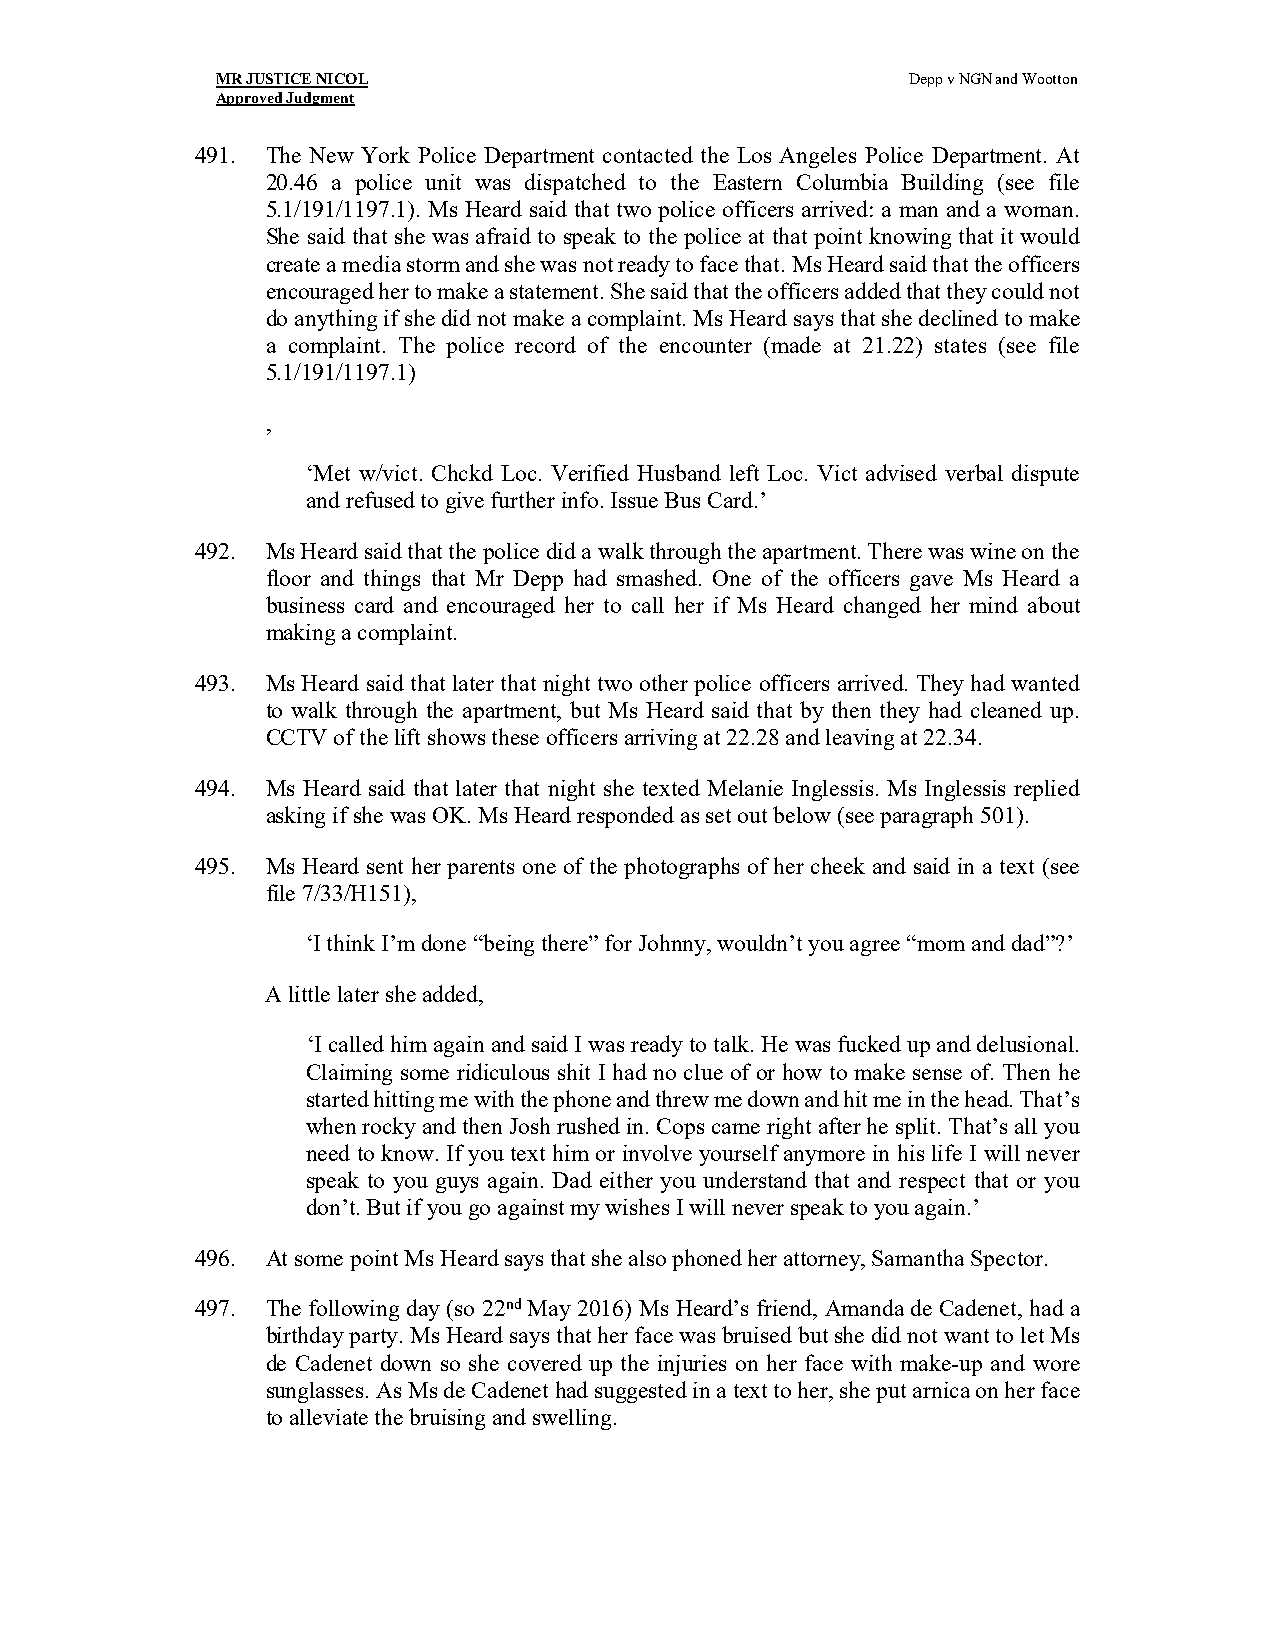
MR JUSTICE NICOL                              Depp v NGN and Wootton
 Approved Judgment
 491. The New York Police Department contacted the Los Angeles Police Department. At
 20.46 a police unit was dispatched to the Eastern Columbia Building (see file
 5.1/191/1197.1). Ms Heard said that two police officers arrived: a man and a woman.
 She said that she was afraid to speak to the police at that point knowing that it would
 create a media storm and she was not ready to face that. Ms Heard said that the officers
 encouraged her to make a statement. She said that the officers added that they could not
 do anything if she did not make a complaint. Ms Heard says that she declined to make
 a complaint. The police record of the encounter (made at 21.22) states (see file
 5.1/191/1197.1)
 ,
 ‘Met w/vict. Chckd Loc. Verified Husband left Loc. Vict advised verbal dispute
 and refused to give further info. Issue Bus Card.’
 492. Ms Heard said that the police did a walk through the apartment. There was wine on the
 floor and things that Mr Depp had smashed. One of the officers gave Ms Heard a
 business card and encouraged her to call her if Ms Heard changed her mind about
 making a complaint.
 493. Ms Heard said that later that night two other police officers arrived. They had wanted
 to walk through the apartment, but Ms Heard said that by then they had cleaned up.
 CCTV of the lift shows these officers arriving at 22.28 and leaving at 22.34.
 494. Ms Heard said that later that night she texted Melanie Inglessis. Ms Inglessis replied
 asking if she was OK. Ms Heard responded as set out below (see paragraph 501).
 495. Ms Heard sent her parents one of the photographs of her cheek and said in a text (see
 file 7/33/H151),
 ‘I think I’m done “being there” for Johnny, wouldn’t you agree “mom and dad”?’
 A little later she added,
 ‘I called him again and said I was ready to talk. He was fucked up and delusional.
 Claiming some ridiculous shit I had no clue of or how to make sense of. Then he
 started hitting me with the phone and threw me down and hit me in the head. That’s
 when rocky and then Josh rushed in. Cops came right after he split. That’s all you
 need to know. If you text him or involve yourself anymore in his life I will never
 speak to you guys again. Dad either you understand that and respect that or you
 don’t. But if you go against my wishes I will never speak to you again.’
 496. At some point Ms Heard says that she also phoned her attorney, Samantha Spector.
 497. The following day (so 22nd May 2016) Ms Heard’s friend, Amanda de Cadenet, had a
 birthday party. Ms Heard says that her face was bruised but she did not want to let Ms
 de Cadenet down so she covered up the injuries on her face with make-up and wore
 sunglasses. As Ms de Cadenet had suggested in a text to her, she put arnica on her face
 to alleviate the bruising and swelling.